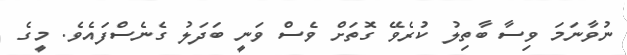
ނުވާނަމަ ވިސާ ބާތިލު ކުރެވޭ ގޮތަށް ވެސް ވަނީ ބަދަލު ގެނެސްފައެވެ. މީގެ